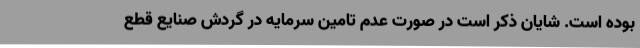
بوده است. شایان ذکر است در صورت عدم تامین سرمایه در گردش صنایع قطع